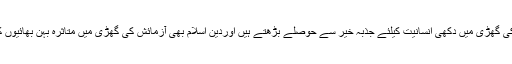
انہوں نے کہاکہ مشکل کی گھڑی میں دکھی انسانیت کیلئے جذبہ خیر سے حوصلے بڑھتے ہیں اوردین اسلام بھی آزمائش کی گھڑی میں متاثرہ بہن بھائیوں کی مدد کا درس دیتا ہے۔